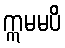
ဣမမပိ